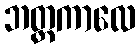
ဘတ္တကာလေ